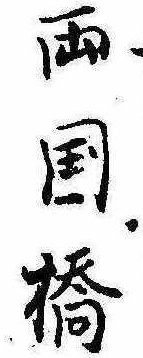
両国橋